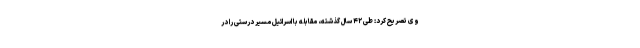
وی تصریح کرد: طی ۴۲ سال گذشته، مقابله با اسرائیل مسیر درستی را در